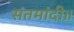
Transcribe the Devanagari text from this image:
संतमांदी॥